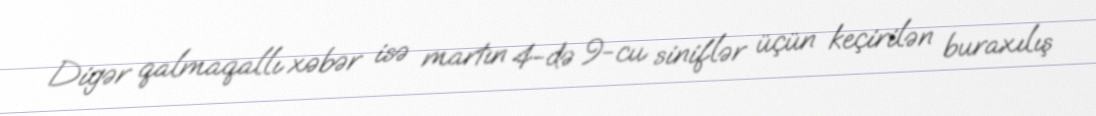
Digər qalmaqallı xəbər isə martın 4-də 9-cu siniflər üçün keçirilən buraxılış